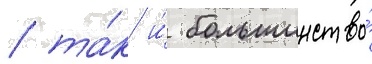
/ та́к и́ большинство́